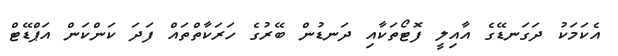
އެކަމަކު ދަގަނޑޭގެ އާއިލީ ފޮޓޯތަކާއި ދަނޑުން ބޭރުގެ ހަރަކާތްތައް ފަދަ ކަންކަން އަޕްޑޭޓް